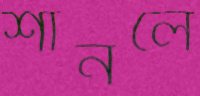
শানলে